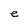
Character: e